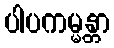
ပါပကမ္မန္တာ